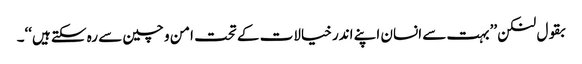
بقول لنکن ’’بہت سے انسان اپنے اندر خیالات کے تحت امن و چین سے رہ سکتے ہیں‘‘۔